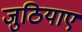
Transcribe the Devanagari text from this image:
जुठियाए